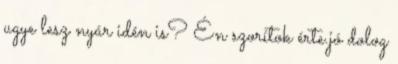
ugye lesz nyár idén is? Én szorítok érte.jó dolog